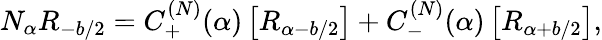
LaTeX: N_{\alpha}R_{-b/2}=C_{+}^{(N)}(\alpha)\left[R_{\alpha-b/2}\right]+C_{-}^{(N)}(\alpha)\left[R_{\alpha+b/2}\right],